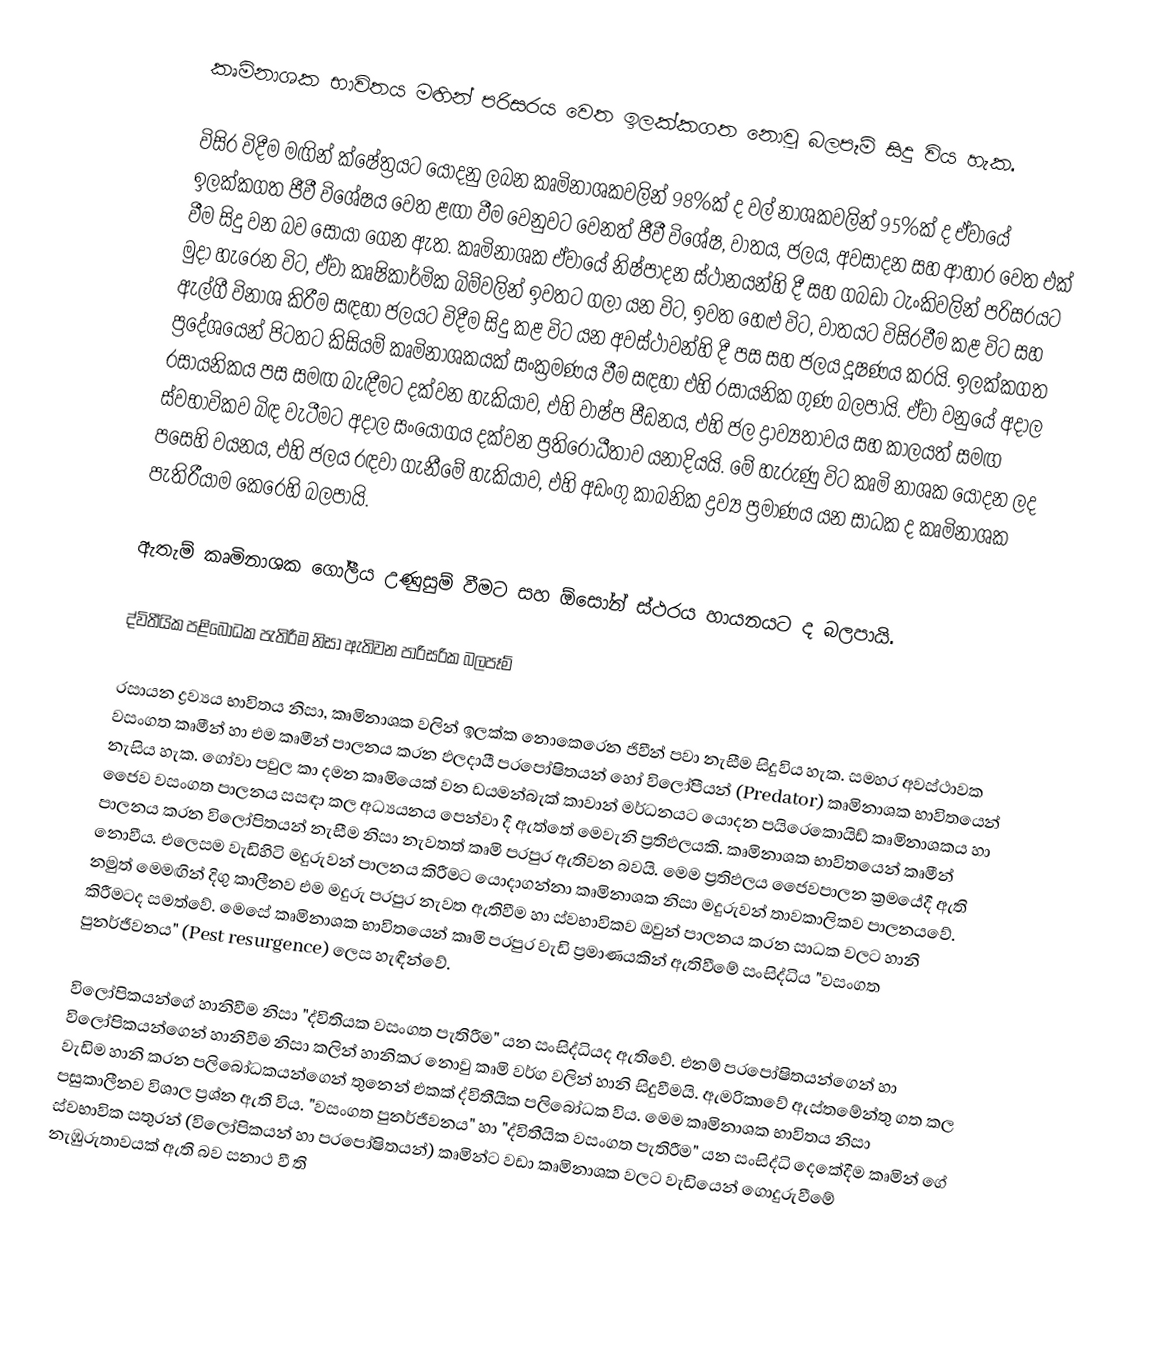
කෘමිනාශක භාවිතය මඟින් පරිසරය වෙත ඉලක්කගත නොවූ බලපෑම් සිදු විය හැක.

විසිර විදීම මඟින් ක්ෂේත්‍රයට යොදනු ලබන කෘමිනාශකවලින් 98%ක් ද වල් නාශකවලින් 95%ක් ද ඒවායේ ඉලක්කගත ජීවී විශේෂය වෙත ළඟා වීම වෙනුවට වෙනත් ජීවී විශේෂ, වාතය, ජලය, අවසාදන සහ ආහාර වෙත එක් වීම සිදු වන බව සොයා ගෙන ඇත. කෘමිනාශක ඒවායේ නිෂ්පාදන ස්ථානයන්හි දී සහ ගබඩා ටැංකිවලින් පරිසරයට මුදා හැරෙන විට, ඒවා කෘෂිකාර්මික බිම්වලින් ඉවතට ගලා යන විට, ඉවත හෙළු විට, වාතයට විසිරවීම කළ විට සහ ඇල්ගී විනාශ කිරීම සඳහා ජලයට විදීම සිදු කළ විට යන අවස්ථාවන්හි දී පස සහ ජලය දූෂණය කරයි. ඉලක්කගත ප්‍රදේශයෙන් පිටතට කිසියම් කෘමිනාශකයක් සංක්‍රමණය වීම සඳහා එහි රසායනික ගුණ බලපායි. ඒවා වනුයේ අදාල රසායනිකය පස සමඟ බැඳීමට දක්වන හැකියාව, එහි වාෂ්ප  පීඩනය, එහි ජල ද්‍රාව්‍යතාවය සහ කාලයත් සමඟ ස්වභාවිකව බිඳ වැටීමට අදාල සංයෝගය දක්වන ප්‍රතිරෝධීතාව යනාදියයි. මේ හැරුණු විට කෘමි නාශක යොදන ලද පසෙහි වයනය, එහි ජලය රඳවා ගැනීමේ හැකියාව, එහි අඩංගු කාබනික ද්‍රව්‍ය ප්‍රමාණය යන සාධක ද කෘමිනාශක පැතිරීයාම කෙරෙහි බලපායි.

ඇතැම් කෘමිනාශක ගෝලීය උණුසුම් වීමට සහ ඕසෝන් ස්ථරය හායනයට ද බලපායි.

ද්විතීයික පළිබෝධක පැතිරීම නිසා ඇතිවන පාරිසරික බලපෑම්

රසායන ද්‍රව්‍යය භාවිතය නිසා, කෘමිනාශක වලින් ඉලක්ක නොකෙරෙන ජිවීන් පවා නැසීම සිදුවිය හැක. සමහර අවස්ථාවක වසංගත කෘමීන් ‍හා එම කෘමීන් පාලනය කරන ඵලදායී පරපෝෂිතයන් හෝ විලෝපීයන් (Predator) කෘමිනාශක භාවිතයෙන් නැසිය හැක. ගෝවා පවුල කා දමන කෘමියෙක් වන ඩයමන්බැක් කාවාන් මර්ධනයට යොදන පයිරෙකොයිඩ් කෘමිනාශකය හා ජෛව වසංගත පාලනය සසඳා කල අධ්‍යයනය පෙන්වා දී ඇත්තේ මෙවැනි ප්‍රතිඵලයකි. කෘමිනාශක භාවිතයෙන් කෘමීන් පාලනය කරන විලෝපිතයන් නැසීම නිසා නැවතත් කෘමි පරපුර ඇතිවන බවයි. මෙම ප්‍රතිඵලය ජෛවපාලන ක්‍රමයේදී ඇති නොවීය. එලෙසම වැඩිහිටි මදුරුවන් පාලනය කිරීමට යොදාගන්නා කෘමිනාශක නිසා මදුරුවන් තාවකාලිකව පාලනයවේ. නමුත් මෙමඟින් දිගු කාලීනව එම මදුරු පරපුර නැවත ඇතිවීම හා ස්වභාවිකව ඔවුන් පාලනය කරන සාධක වලට හානි කිරීමටද සමත්වේ. මෙසේ කෘමිනාශක භාවිතයෙන් කෘමි පරපුර වැඩි ප්‍රමාණයකින් ඇතිවීමේ සංසිද්ධිය "වසංගත පුනර්ජීවනය" (Pest resurgence) ලෙස හැඳින්වේ.

විලෝපිකයන්ගේ හානිවීම නිසා "ද්විතියක වසංගත පැතිරීම" යන සංසිද්ධියද ඇතිවේ. එනම් පරපෝෂිතයන්ගෙන් හා විලෝපිකයන්ගෙන් හානිවීම නිසා කලින් හානිකර නොවු කෘමි වර්ග වලින් හානි සිදුවීමයි. ඇමරිකාවේ ඇස්තමේන්තු ගත කල  වැඩිම හානි කරන පලිබෝධකයන්ගෙන් තුනෙන් එකක් ද්විතීයික පලිබෝධක විය. මෙම කෘමිනාශක භාවිතය නිසා පසුකාලීනව විශාල ප්‍රශ්න ඇති විය.  "වසංගත පුනර්ජීවනය" හා "ද්විතීයික වසංගත පැතිරීම" යන සංසිද්ධි දෙකේදීම කෘමින් ගේ ස්වභාවික සතුරන් (විලෝපිකයන් හා පරපෝෂිතයන්) කෘමින්ට වඩා කෘමිනාශක වලට වැඩියෙන් ගොදුරුවීමේ නැඹුරුතාවයක් ඇති බව සනාථ වී ති